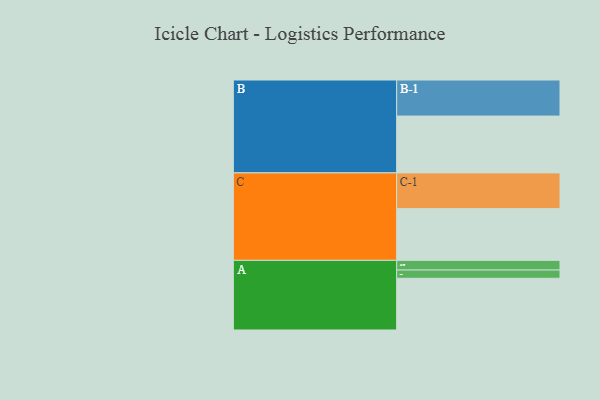
{"axis": {"x": "Segment", "y": "Value"}, "legend": ["", "A", "B", "C"], "data": [{"x": "A", "y": 427, "type": ""}, {"x": "B", "y": 469, "type": ""}, {"x": "C", "y": 427, "type": ""}, {"x": "A-1", "y": 68, "type": "A"}, {"x": "A-2", "y": 80, "type": "A"}, {"x": "B-1", "y": 298, "type": "B"}, {"x": "C-1", "y": 295, "type": "C"}]}